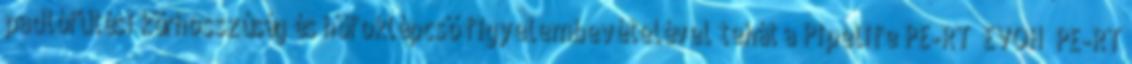
padlófűtési körhosszúság és hőfoklépcső figyelembevételével tehát a Pipelife PE-RT EVOH PE-RT